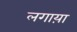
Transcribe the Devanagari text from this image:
लगाय़ा